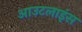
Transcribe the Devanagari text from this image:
आउटलाइंस